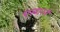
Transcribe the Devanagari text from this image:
एल्गरने